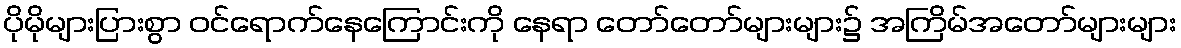
ပိုမိုများပြားစွာ ဝင်ရောက်နေကြောင်းကို နေရာ တော်တော်များများ၌ အကြိမ်အတော်များများ